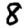
Digit: 8